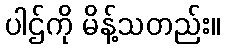
ပါဌ်ကို မိန့်သတည်း။